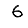
Digit: 6